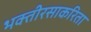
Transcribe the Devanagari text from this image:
भक्तीरसाकरिता